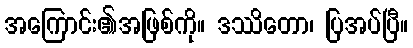
အကြောင်း၏အဖြစ်ကို။ ဒဿိတော၊ ပြအပ်ပြီ။